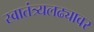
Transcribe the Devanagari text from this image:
स्वातंत्र्यलढ्यावर